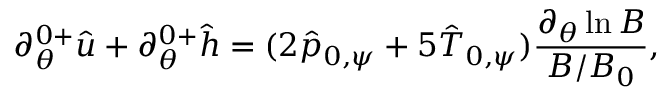
\partial _ { \theta } ^ { 0 + } \hat { u } + \partial _ { \theta } ^ { 0 + } \hat { h } = ( 2 \hat { p } _ { 0 , \psi } + 5 \hat { T } _ { 0 , \psi } ) \frac { \partial _ { \theta } \ln B } { B / B _ { 0 } } ,